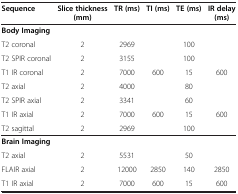
<table><thead><tr><td><b>Sequence</b></td><td><b>Slice thickness (mm)</b></td><td><b>TR (ms)</b></td><td><b>TI (ms)</b></td><td><b>TE (ms)</b></td><td><b>IR delay (ms)</b></td></tr></thead><tbody><tr><td><b>Body Imaging</b></td><td> </td><td> </td><td> </td><td> </td><td> </td></tr><tr><td>T2 coronal</td><td>2</td><td>2969</td><td> </td><td>100</td><td> </td></tr><tr><td>T2 SPIR coronal</td><td>2</td><td>3155</td><td> </td><td>100</td><td> </td></tr><tr><td>T1 IR coronal</td><td>2</td><td>7000</td><td>600</td><td>15</td><td>600</td></tr><tr><td>T2 axial</td><td>2</td><td>4000</td><td> </td><td>80</td><td> </td></tr><tr><td>T2 SPIR axial</td><td>2</td><td>3341</td><td> </td><td>60</td><td> </td></tr><tr><td>T1 IR axial</td><td>2</td><td>7000</td><td>600</td><td>15</td><td>600</td></tr><tr><td>T2 sagittal</td><td>2</td><td>2969</td><td> </td><td>100</td><td> </td></tr><tr><td><b>Brain Imaging</b></td><td> </td><td> </td><td> </td><td> </td><td> </td></tr><tr><td>T2 axial</td><td>2</td><td>5531</td><td> </td><td>50</td><td> </td></tr><tr><td>FLAIR axial</td><td>2</td><td>12000</td><td>2850</td><td>140</td><td>2850</td></tr><tr><td>T1 IR axial</td><td>2</td><td>7000</td><td>600</td><td>15</td><td>600</td></tr></tbody></table>